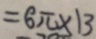
= 6 \pi \times 1 3